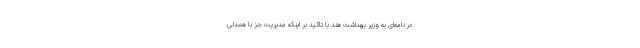
در نامه‌ای به وزیر بهداشت هند با تاکید بر اینکه مدیریت جز با همدلی